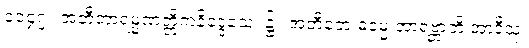
၁၀၄၇။ အတီတာရမ္မဏတ္တိကနိဒ္ဒေသေ၊ ၌။ အတီတေ ဓမ္မေ အာရဗ္ဘာတိ အာဒီသု၊